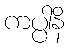
ကပ္ပါနိ